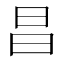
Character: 昌